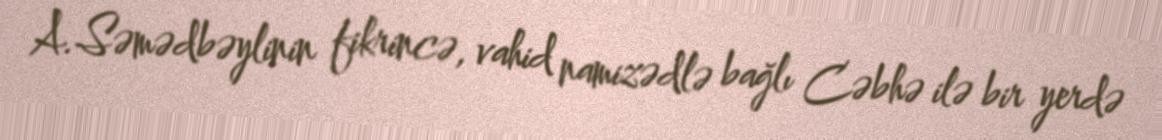
A.Səmədbəylinin fikrincə, vahid namizədlə bağlı Cəbhə ilə bir yerdə